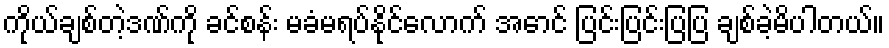
ကိုယ်ချစ်တဲ့ဒဏ်ကို ခင်စန်း မခံမရပ်နိုင်လောက် အောင် ပြင်းပြင်းပြပြ ချစ်ခဲ့မိပါတယ်။